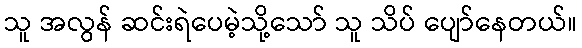
သူ အလွန် ဆင်းရဲပေမဲ့သို့သော် သူ သိပ် ပျော်နေတယ်။